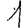
Digit: 1